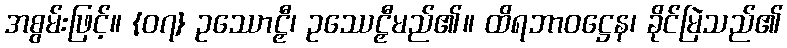
အစွမ်းဖြင့်။ {၀၇} ဥဿောဠှီ၊ ဥဿေဠှီမည်၏။ ထိရဘာဝဋ္ဌေန၊ ခိုင်မြဲသည်၏